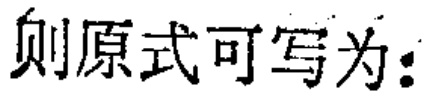
则原式可写为：